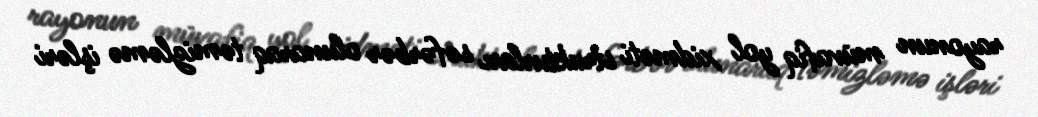
rayonun müvafiq yol xidməti strukturları səfərbər olunaraq təmizləmə işləri